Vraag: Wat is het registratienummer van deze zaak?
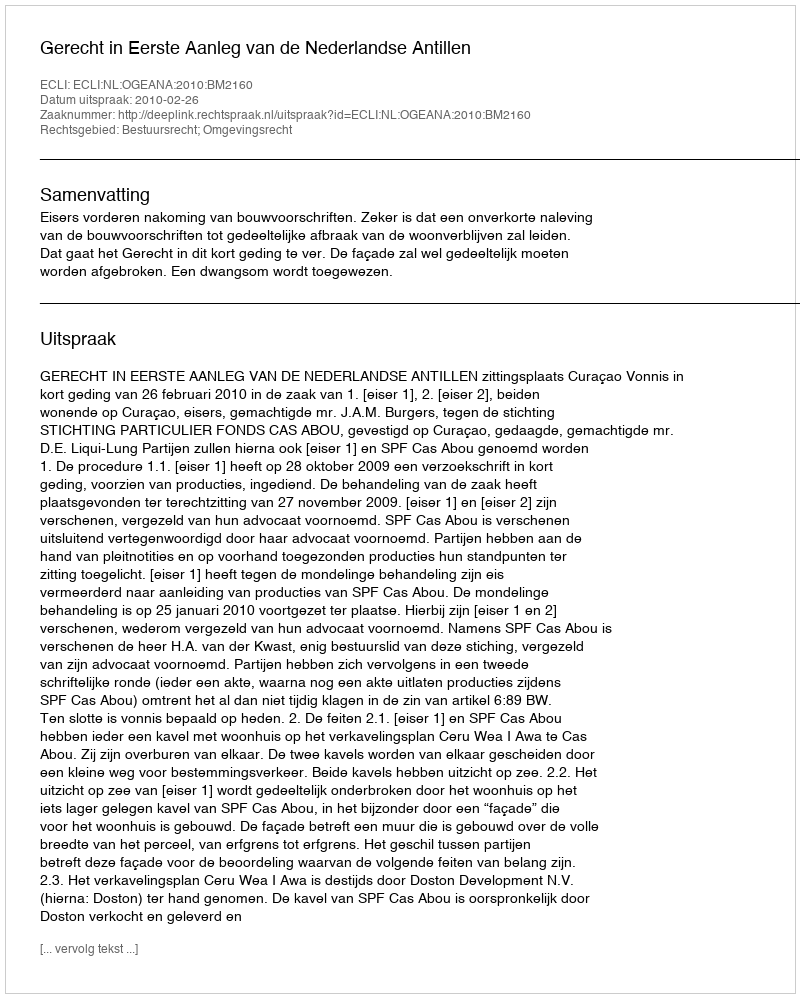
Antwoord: http://deeplink.rechtspraak.nl/uitspraak?id=ECLI:NL:OGEANA:2010:BM2160